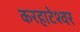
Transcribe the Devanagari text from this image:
करहाटेश्वर